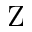
\mathrm { Z }